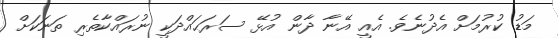
މަޑު ކުރުމަށް އެދުނެވެ. އެއީ އޭނާ ދާން އުޅޭ ސަރަޙައްދަކީ ނުރައްކާތެރި ތަނަކަށް